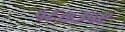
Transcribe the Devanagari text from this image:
५६७३५९